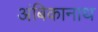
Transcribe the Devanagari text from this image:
अंबिकानाथ